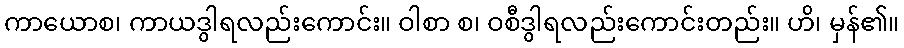
ကာယောစ၊ ကာယဒွါရလည်းကောင်း။ ဝါစာ စ၊ ဝစီဒွါရလည်းကောင်းတည်း။ ဟိ၊ မှန်၏။